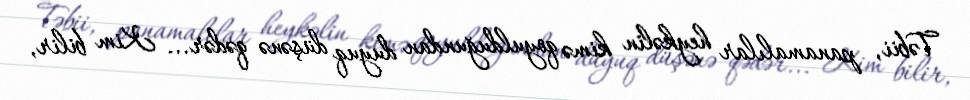
Təbii, panamalılar heykəlin kimə qoyulduğundan duyuq düşənə qədər... Kim bilir,